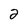
Character: 2